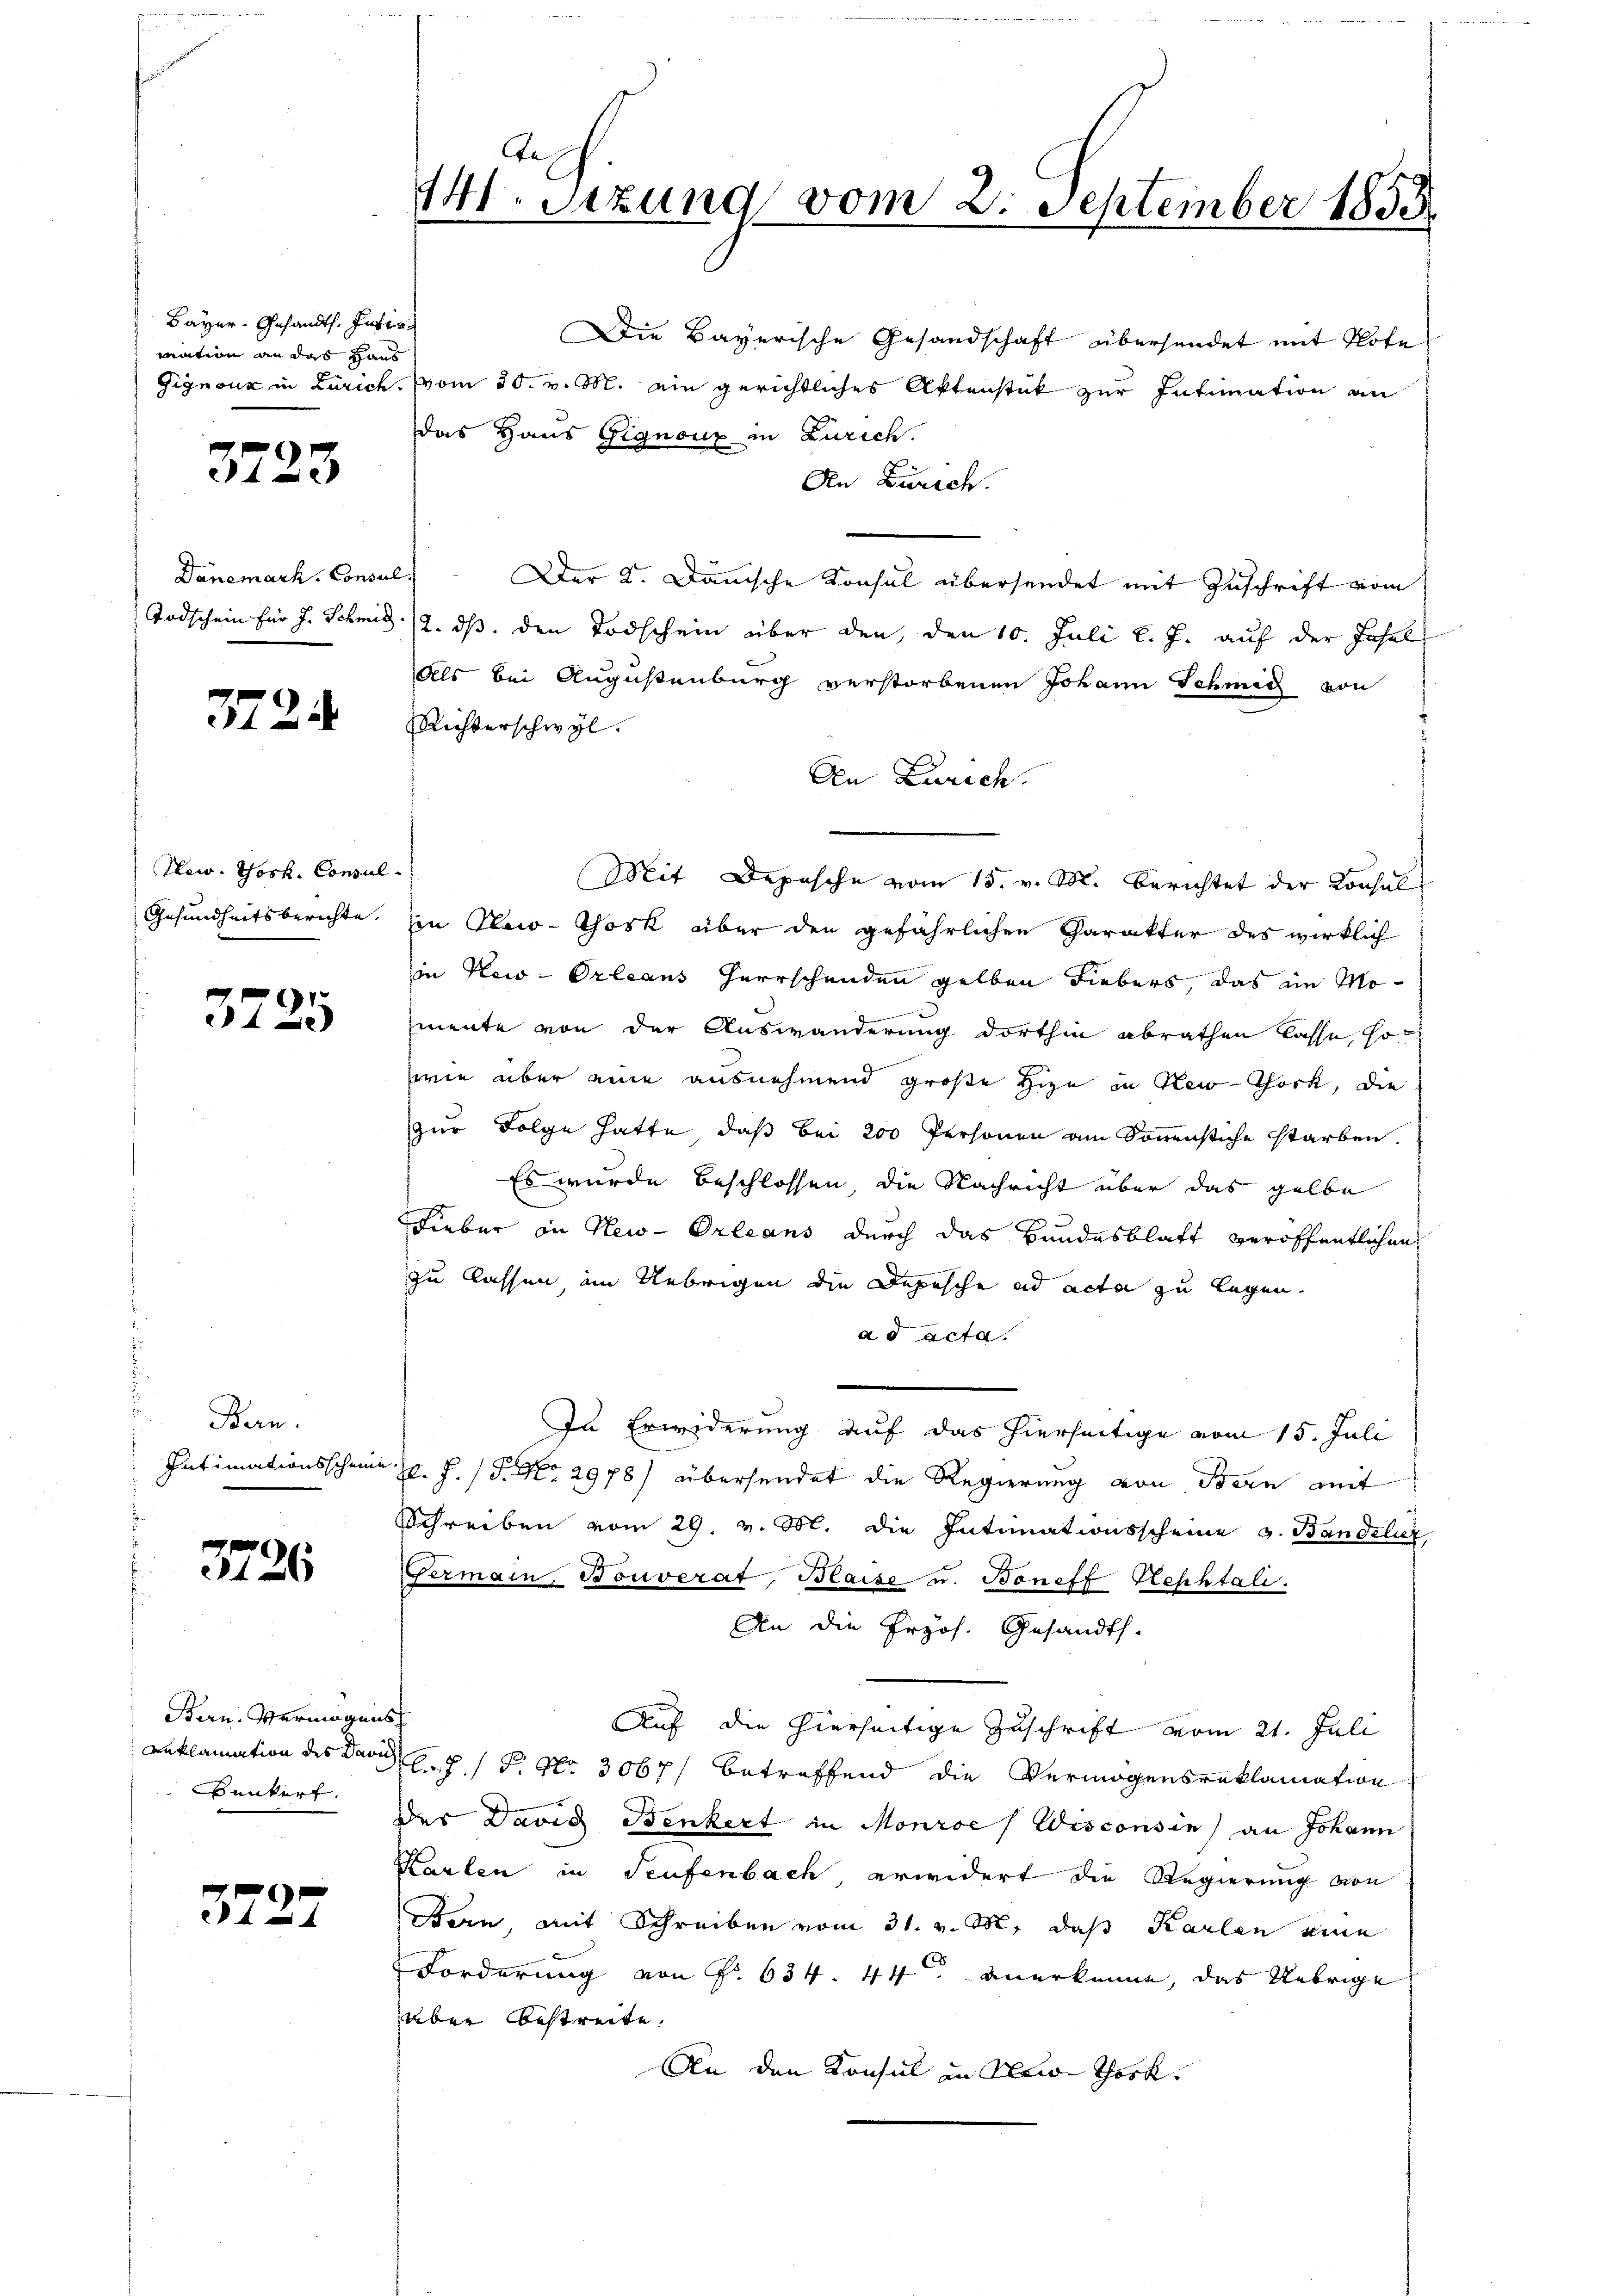
Bayer. Gesandts. Intir
mation an das Haus

3723

Danemark, Consul
Todschein für J. Schmid

3724

New Yosk. Consul
Gesundheitsberichte.

3725

Bern.
Intimationsschein

3726

Bern, Vermögens
Reklamation des Darich
unkert.

3727

t
141. Sezung vom 2. September 1855

Die Bayerische Gesandschaft übersendet mit Note
Gignoux in Zürich, vom 30. v. M. ein gerichtliches Aktenstät zur Intimation an
das Haus Gignouz in Zürich.
An Zürich.
Der K. Dänische Konsul übersendet mit Zuschrift vom
2. ds. den Todschein über den, den 10. Juli l. J. auf der Insel
Als bei Augustenburg verstorbenen Johann Schmid von
Richterschwyl.
An Zürich.
Mit Depesche vom 15. v. M. Berichtet der Konsul
in New-Thosk über den gefährlichen Charakter des wirklich
in New-Orleans Herrschenden gelben Fiebers, das im Momente von der Auswanderung dorthin abrathen lasse, so
wie über eine ausnehmend große Hize in New-Thock, die
zur Folge hatte, daß bei 200 Personen am Sonnenstiche starben.
Es wurde beschlossen, die Nachricht über das gelbe
Lieber in New-Orleans durch das Bundesblatt veröffentlichen
zu lassen im Uebrigen die Depesche ad acta zu legen.
ad acta.
In Erwiderung auf das hierseitige vom 15. Juli
J. J. (T. No. 2978) übersendet die Regierung von Bern mit
Schreiben vom 29. v. M. die Intimationsscheine v. Bandelir
Germain, Bouverat, Blaise u. Boneff Rephtali
An die Erzös. Gesandt.
Auf die hierseitige Zuschrift vom 21. Juli
.7./ P. Nr. 3067/ betreffend die Vermögensreklamation
des David Benkert in Monroe / Wisconsin) an Johann
Karten in Teufenbach erwidert die Regierung von
Bern, mit Schreiben vom 31. v. M. daß Karlen eine
Forderung von Nr. 634. 44 anerkenne, das Uebrige
über bestreite.
An den Konsul in New-Thock.